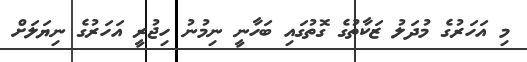
މި އަހަރުގެ މުދަލު ޒަކާތުގެ ގޮތުގައި ބަހާނީ ނިމުނު ހިޖުރީ އަހަރުގެ ނިޔަލަށް